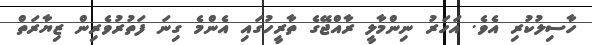
ހާސިލުކުރި އެވެ. އަހަރު ނިންމާލީ ރާއްޖޭގެ ތާރީހުގައި އެންމެ ގިނަ ފަތުރުވެރިން ޒިޔާރަތް